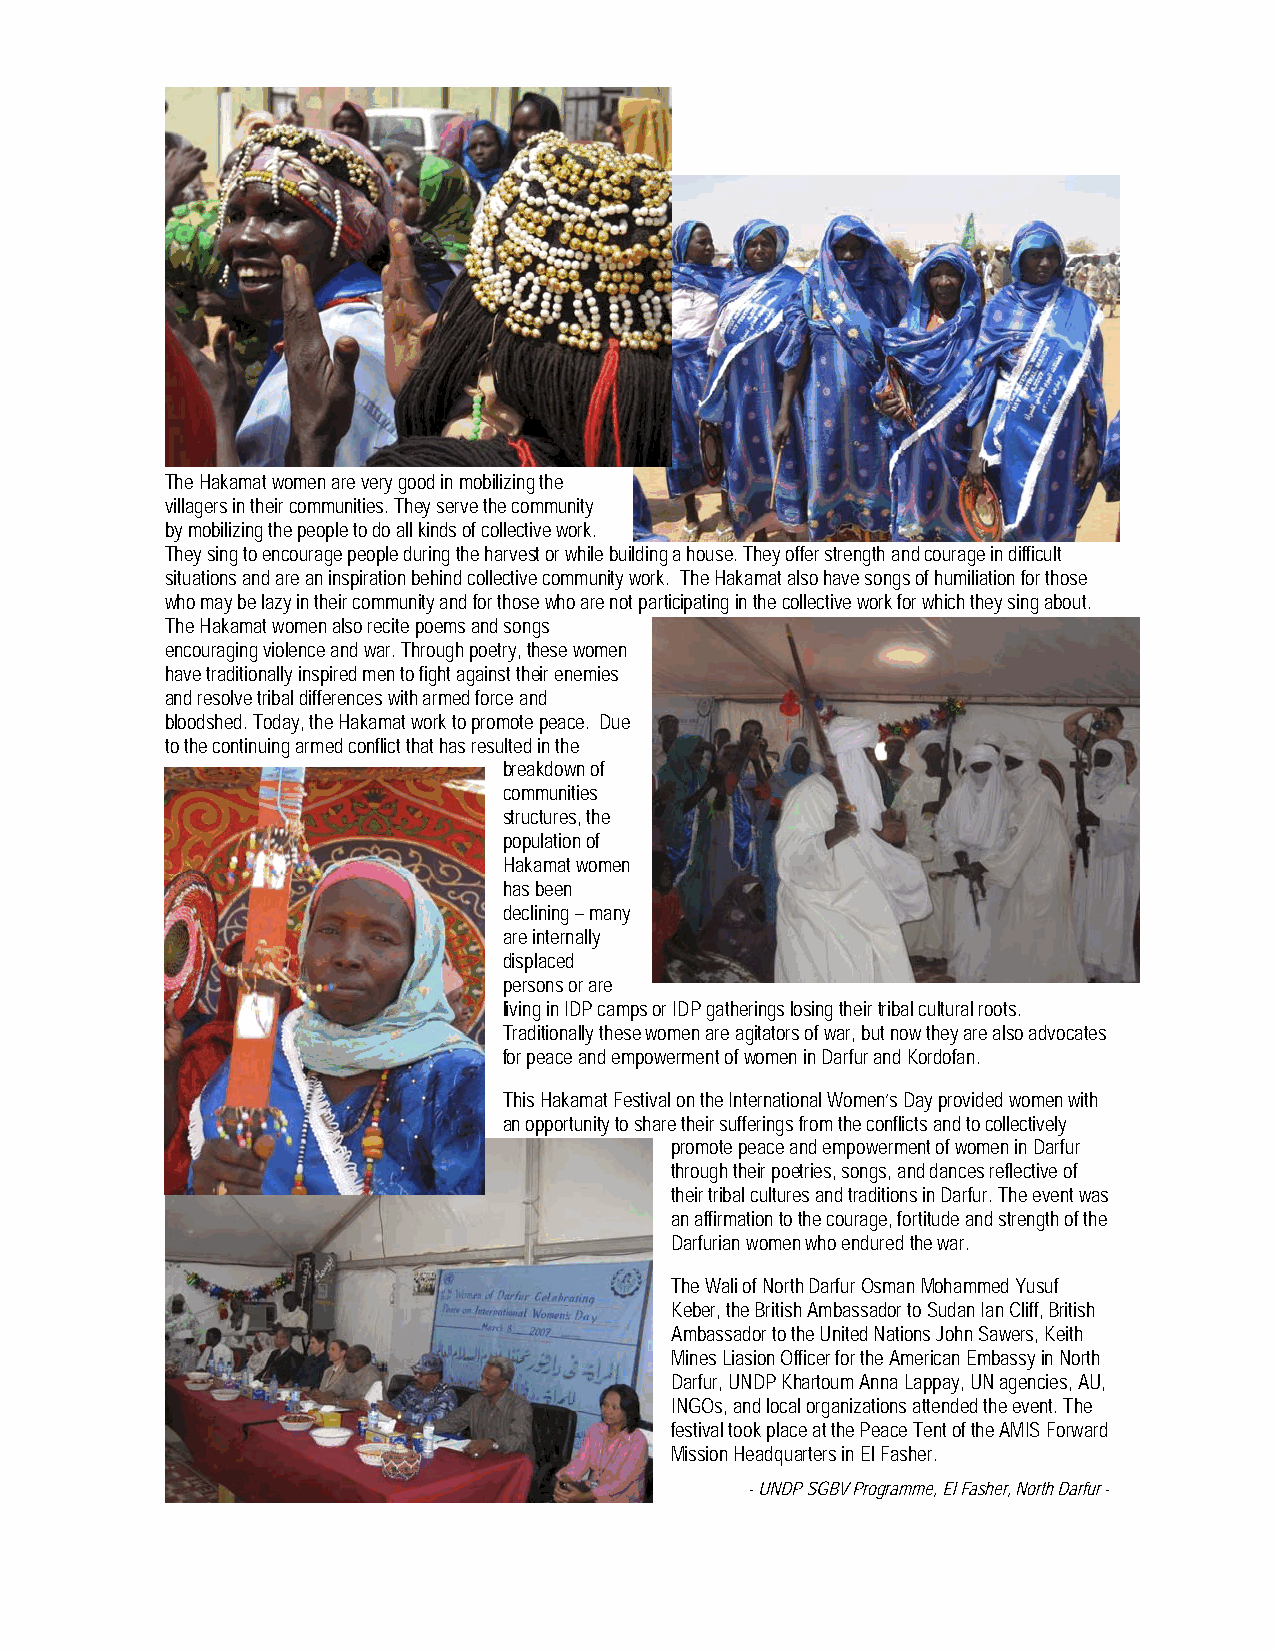
The Hakamat women are very good in mobilizing the
 villagers in their communities. They serve the community
 by mobilizing the people to do all kinds of collective work.
 They sing to encourage people during the harvest or while building a house. They offer strength and courage in difficult
 situations and are an inspiration behind collective community work. The Hakamat also have songs of humiliation for those
 who may be lazy in their community and for those who are not participating in the collective work for which they sing about.
 The Hakamat women also recite poems and songs
 encouraging violence and war. Through poetry, these women
 have traditionally inspired men to fight against their enemies
 and resolve tribal differences with armed force and
 bloodshed. Today, the Hakamat work to promote peace. Due
 to the continuing armed conflict that has resulted in the
 breakdown of
 communities
 structures, the
 population of
 Hakamat women
 has been
 declining – many
 are internally
 displaced
 persons or are
 living in IDP camps or IDP gatherings losing their tribal cultural roots.
 Traditionally these women are agitators of war, but now they are also advocates
 for peace and empowerment of women in Darfur and Kordofan.
 This Hakamat Festival on the International Women’s Day provided women with
 an opportunity to share their sufferings from the conflicts and to collectively
 promote peace and empowerment of women in Darfur
 through their poetries, songs, and dances reflective of
 their tribal cultures and traditions in Darfur. The event was
 an affirmation to the courage, fortitude and strength of the
 Darfurian women who endured the war.
 The Wali of North Darfur Osman Mohammed Yusuf
 Keber, the British Ambassador to Sudan Ian Cliff, British
 Ambassador to the United Nations John Sawers, Keith
 Mines Liasion Officer for the American Embassy in North
 Darfur, UNDP Khartoum Anna Lappay, UN agencies, AU,
 INGOs, and local organizations attended the event. The
 festival took place at the Peace Tent of the AMIS Forward
 Mission Headquarters in El Fasher.
 - UNDP SGBV Programme, El Fasher, North Darfur -